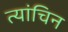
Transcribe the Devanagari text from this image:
त्यांचिन